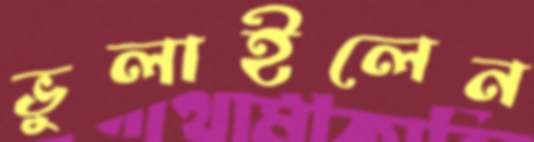
ভুলাইলেন